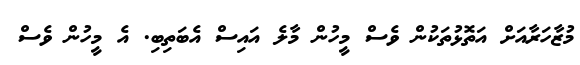
މުޒާހަރާއަށް އަތޮޅުތަކުން ވެސް މީހުން މާލެ އައިސް އެބަތިބި. އެ މީހުން ވެސް